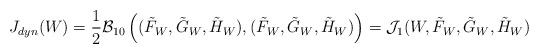
LaTeX: \begin{align*}J_{dyn}(W)=\frac{1}{2}\mathcal{B}_{10}\left((\tilde{F}_W, \tilde{G}_W, \tilde{H}_W), (\tilde{F}_W, \tilde{G}_W, \tilde{H}_W)\right)=\mathcal{J}_1(W, \tilde{F}_W, \tilde{G}_W, \tilde{H}_W)\end{align*}